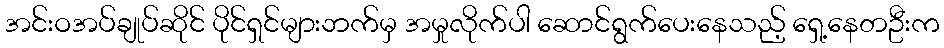
အင်းဝအပ်ချုပ်ဆိုင် ပိုင်ရှင်များဘက်မှ အမှုလိုက်ပါ ဆောင်ရွက်ပေးနေသည့် ရှေ့နေတဦးက